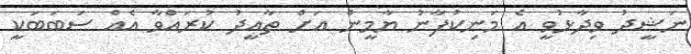
ނަޝީދު ވިދާޅުވީ އެ މަނިކުފާނު ޔާމީން އަށް ތާއީދު ކުރައްވާ އެއް ސަބަބަކީ